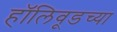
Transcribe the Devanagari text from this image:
हॉलिवूडच्या